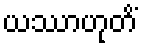
ယဿာဟုတိံ